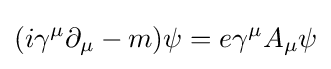
(i\gamma ^{\mu }\partial _{\mu }-m)\psi =e\gamma ^{\mu }A_{\mu }\psi